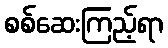
စစ်ဆေးကြည့်ရာ